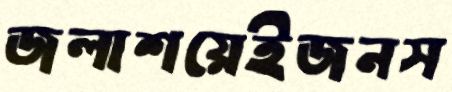
জলাশয়েইজনস